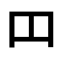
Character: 𫩏